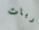
ربات